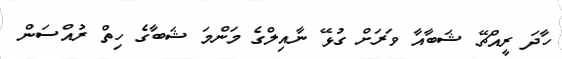
ހާދަ ރީއްޗޭ ޝަބާއާ ވަރަށް ގުޅޭ ނާއިލްގެ މަންމަ ޝަބާގެ ހިތް ރުއްސަން